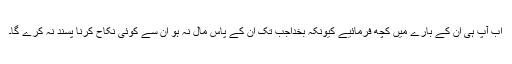
اب آپ ہی ان کے بارے میں کچھ فرمائیے کیونکہ بخداجب تک ان کے پاس مال نہ ہو ان سے کوئی نکاح کرنا پسند نہ کرے گا۔